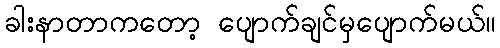
ခါးနာတာကတော့ ပျောက်ချင်မှပျောက်မယ်။